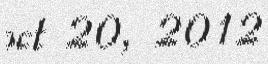
oct 20, 2012